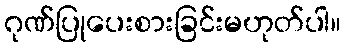
ဂုဏ်ပြုပေးစားခြင်းမဟုတ်ပါ။